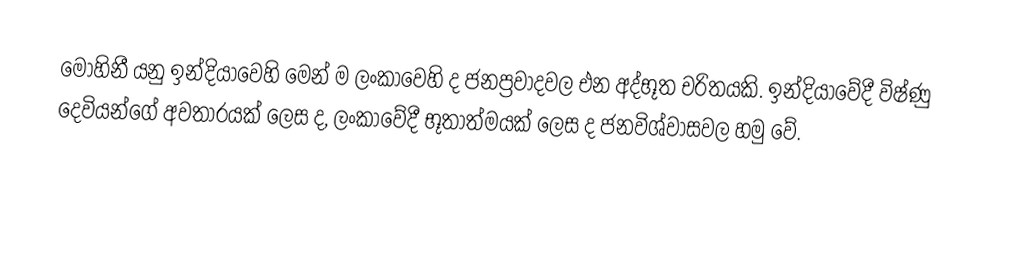
මෝහිනී යනු ඉන්දියාවෙහි මෙන් ම ලංකාවෙහි ද ජනප්‍රවාදවල එන අද්භූත චරිතයකි. ඉන්දියාවේදී විෂ්ණු දෙවියන්ගේ අවතාරයක් ලෙස ද, ලංකාවේදී භූතාත්මයක් ලෙස ද ජනවිශ්වාසවල හමු වේ.